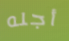
أجله